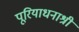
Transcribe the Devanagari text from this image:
पूरियाधनाश्री